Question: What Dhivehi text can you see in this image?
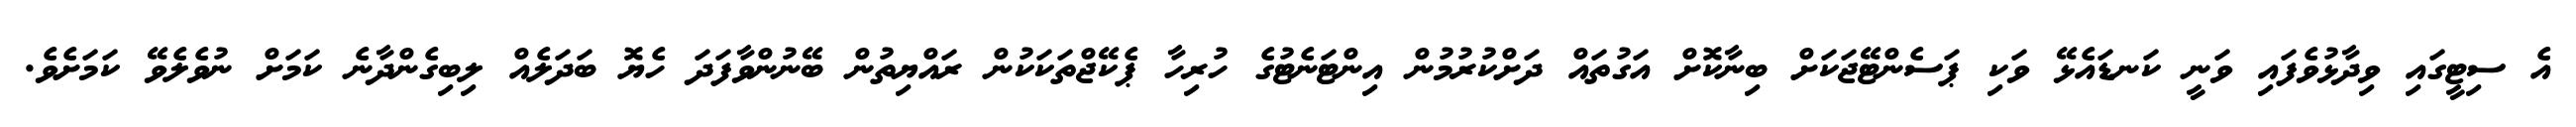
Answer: އެ ސިޓީގައި ވިދާޅުވެފައި ވަނީ ކަނޑައެޅޭ ވަކި ޕަސެންޓޭޖަކަށް ބިނާކޮށް އަގުތައް ދަށްކުރުމުން އިންޓަނެޓުގެ ހުރިހާ ޕެކޭޖްތަކަކުން ރައްޔިތުން ބޭނުންވާފަދަ ހެޔޮ ބަދަލެއް ލިބިގެންދާނެ ކަމަށް ނުވެލެވޭ ކަމަށެވެ.